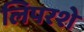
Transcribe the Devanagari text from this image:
लिपरशे